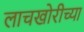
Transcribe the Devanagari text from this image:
लाचखोरीच्या